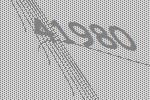
41980